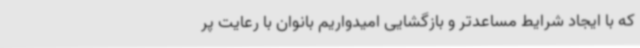
که با ایجاد شرایط مساعدتر و بازگشایی امیدواریم بانوان با رعایت پر